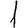
Digit: 1